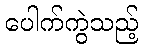
ပေါက်ကွဲသည့်